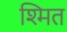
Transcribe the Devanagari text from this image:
श्मित